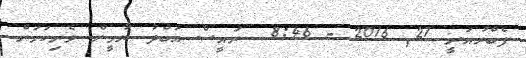
ފެބްރުއަރީ 27